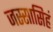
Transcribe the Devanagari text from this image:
जस्सासिहं